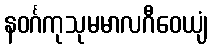
နဝင်္ဂကုသုမမာလဂီဝေယျံ